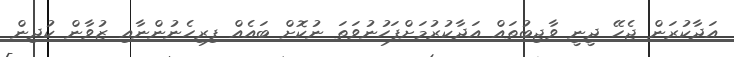
އަދާކުރަން ޖެހޭ ދީނީ ވާޖިބުތައް އަދާކުރުމަށްފަހުނުވަތަ ނުކޮށް ބައެއް ފިރިހެނުންނާއި ޒުވާން ކުދިން